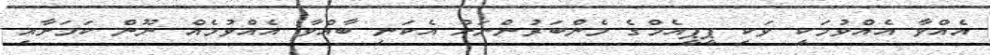
އެއްވާ އެއްވުމަކީ ވަކި ޕީޕީއެމްގެ މެންބަރުންނަށް އެކަނި ބާއްވާ އެއްވުމެއް ނޫން ކަމަށާއި